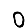
Digit: 0